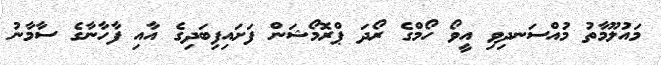
މައުލޫމާތު މުއްސަނދިވި އީވޯ ހޯމްގެ ރޯދަ ޕްރޮމޯޝަން ފަށައިފިބަދިގެ އާއި ފާހާނާގެ ސާމާނު